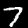
Digit: 7